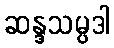
ဆန္ဒသမ္ပဒါ